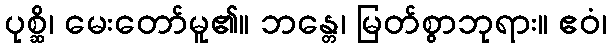
ပုစ္ဆိ၊ မေးတော်မူ၏။ ဘန္တေ၊ မြတ်စွာဘုရား။ ဧဝံ၊